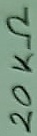
Text: 20KΩ